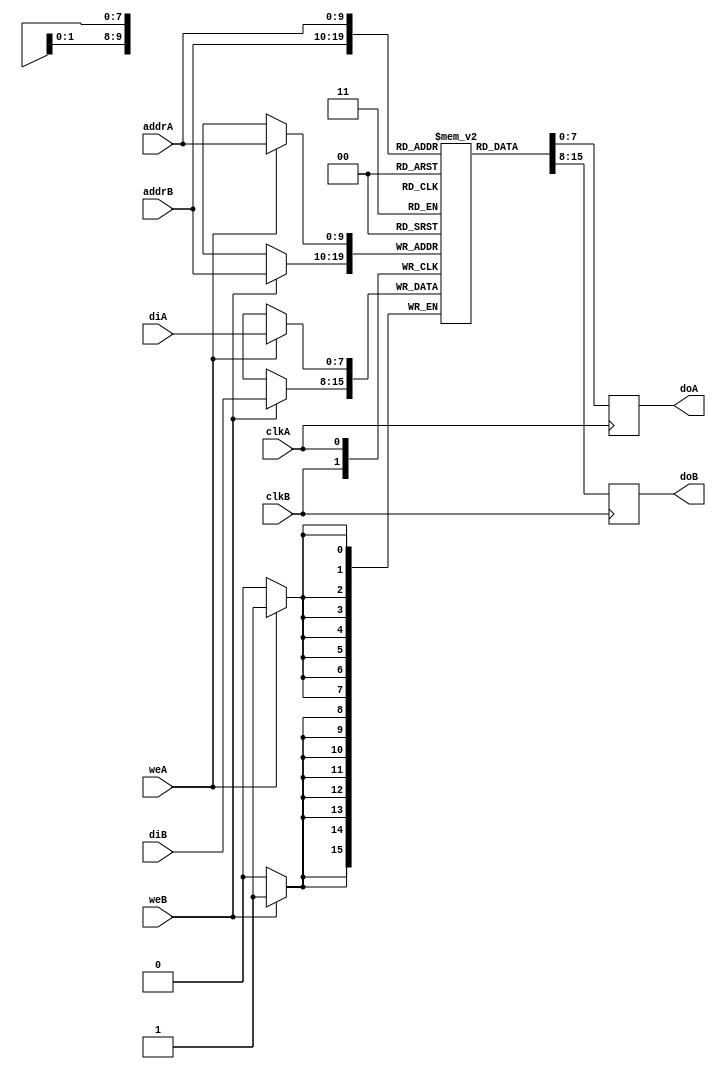
module ramb_8_to_n (clkA,
                    clkB,
                    weA,
                    weB,
                    addrA,
                    addrB,
                    diA,
                    doA,
                    diB,
                    doB);
    
parameter SIZE  = 1024;
parameter WIDTH = 8;

localparam WIDTHA     = 8;
localparam SIZEA      = SIZE;
localparam ADDRWIDTHA = $clog2(SIZEA);

localparam WIDTHB     = WIDTH;
localparam SIZEB      = SIZEA*8/WIDTHB;
localparam ADDRWIDTHB = $clog2(SIZEB);

input wire clkA;
input wire clkB;
input wire weA, weB;
input wire [ADDRWIDTHA-1:0] addrA;
input wire [ADDRWIDTHB-1:0] addrB;
input wire [WIDTHA-1:0] diA;
input wire [WIDTHB-1:0] diB;
output reg [WIDTHA-1:0] doA;
output reg [WIDTHB-1:0] doB;

`define max(a,b) {(a) > (b) ? (a) : (b)}
`define min(a,b) {(a) < (b) ? (a) : (b)}

localparam maxSIZE   = `max(SIZEA, SIZEB);
localparam maxWIDTH  = `max(WIDTHA, WIDTHB);
localparam minWIDTH  = `min(WIDTHA, WIDTHB);
localparam RATIO     = maxWIDTH / minWIDTH;
localparam log2RATIO = $clog2(RATIO);

reg [minWIDTH-1:0] RAM [0:maxSIZE-1];

// For simualtion init with 0
initial begin : INIT_MEM
    integer w;
    for (w=0; w < maxSIZE; w=w + 1) begin
        RAM[w] = 0;
    end
end

generate
    if (WIDTH == 8) begin
        always @(posedge clkB)
        begin
            if (weB)
                RAM[addrB] <= diB;

            doB <= RAM[addrB];
        end

        always @(posedge clkA) begin : portA
                if (weA)
                    RAM[addrA] <= diA;

                doA <= RAM[addrA];
        end
    end
endgenerate
    
generate
    if (WIDTH < 8) begin
        always @(posedge clkB)
        begin
            if (weB)
                RAM[addrB] <= diB;

            doB <= RAM[addrB];
        end
        
        always @(posedge clkA) begin : portA
            integer i;
            reg [log2RATIO-1:0] lsbaddr ;
        
            for (i = 0; i< RATIO; i = i + 1) begin
                lsbaddr = i;
                if (weA)
                    RAM[{addrA, lsbaddr}] <= diA[(i+1)*minWIDTH-1 -: minWIDTH];

                doA[(i+1)*minWIDTH -1 -: minWIDTH] <= RAM[{addrA, lsbaddr}];
            end
        end
    end
endgenerate


generate
    if (WIDTH > 8) begin
        always @(posedge clkA)
        begin
            if (weA)
                RAM[addrA] <= diA;

            doA <= RAM[addrA];
        end
        
        always @(posedge clkB) begin : portA
            integer i;
            reg [log2RATIO-1:0] lsbaddr ;
            for (i = 0; i< RATIO; i = i + 1) begin
                lsbaddr = i;
                if (weB)
                    RAM[{addrB, lsbaddr}] <= diB[(i+1)*minWIDTH-1 -: minWIDTH];

                doB[(i+1)*minWIDTH -1 -: minWIDTH] <= RAM[{addrB, lsbaddr}];
            end
        end
    end
endgenerate
    
    
endmodule